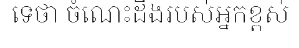
ទេថា ចំណេះដឹងរបស់អ្នកខ្ពស់